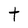
Character: t